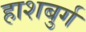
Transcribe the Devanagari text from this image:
हाशबुर्ग